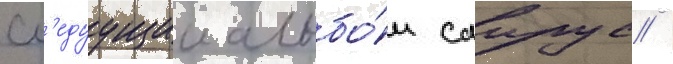
Сл'едуущии альбо́м саирус /